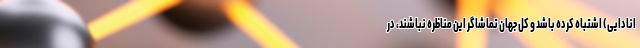
انادایی) اشتباه کرده باشد و کل جهان تماشاگر این مناظره نباشند، در